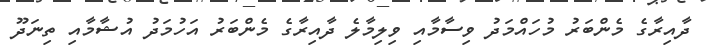
ދާއިރާގެ މެންބަރު މުހައްމަދު ވިސާމާއި ވިލިމާލެ ދާއިރާގެ މެންބަރު އަހުމަދު އުޝާމާއި ތިނަދޫ